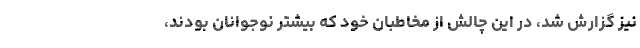
نیز گزارش شد، در این چالش از مخاطبان خود که بیشتر نوجوانان بودند،